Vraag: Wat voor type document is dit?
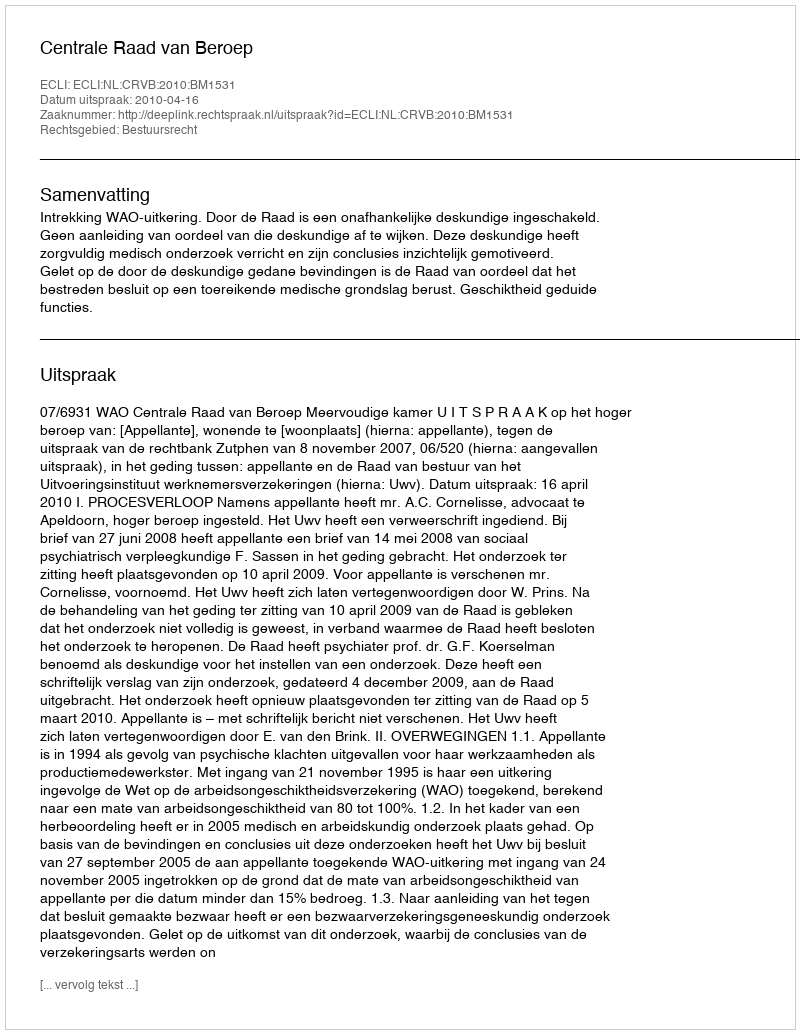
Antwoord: Uitspraak